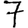
Digit: 7